Vaccination in Burma 1912-1922 - 1912-1922
Year: 1912
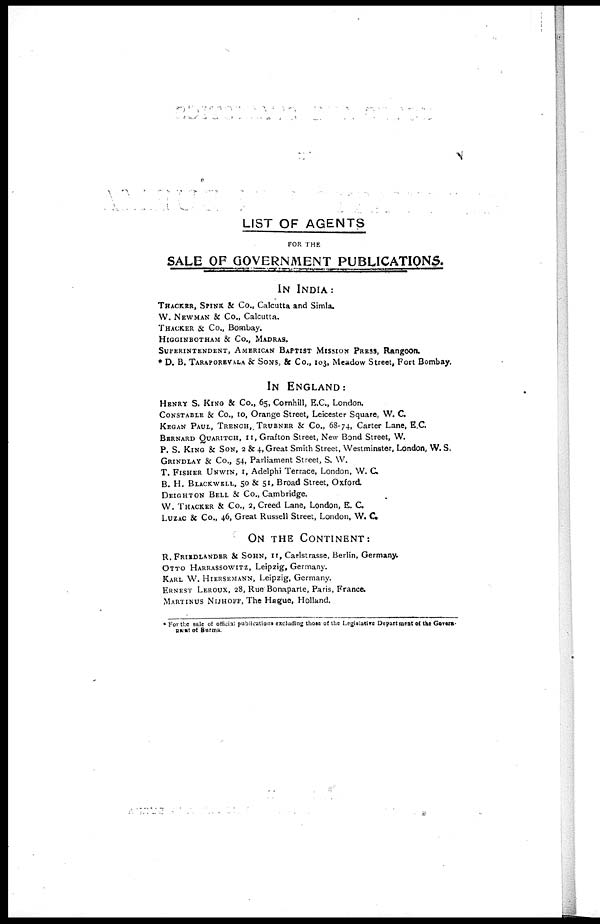
LIST OF AGENTS
FOR THE
SALE OF GOVERNMENT PUBLICATIONS.
IN INDIA:
THACKER, SPINK & Co., Calcutta and Simla.
W. NEWMAN & Co., Calcutta.
THACKER & Co., Bombay.
HIGGINBOTHAM & Co., MADRAS.
SUPERINTENDENTS AMERICAN BAPTIST MISSION PRESS, Rangoon.
* D. B. TARAPOREVALA & SONS, & Co., 103, Meadow Street, Fort Bombay.
IN ENGLAND:
HENRY S. KING & Co., 65, Cornhill, E.C., London.
CONSTABLE & Co., 10, Orange Street, Leicester Square, W. C.
KEGAN PAUL, TRENCH, TRUBNER & Co., 68-74, Carter Lane, E.C.
BERNARD QUARITCH, 11, Grafton Street, New Bond Street, W.
P. S. KING & SON, 2 & 4, Great Smith Street, Westminster, London, W. S.
GRINDLAY & Co., 54, Parliament Street, S. W.
T. FISHER UNWIN, I, Adelphi Terrace, London, W. C.
B. H. BLACKWELL, 50 & 51, Broad Street, Oxford.
DEIGHTON BELL & Co., Cambridge.
W. THACKER & Co., 2, Creed Lane, London, E. C.
LUZAC & Co., 46, Great Russell Street, London, W. C
ON THE CONTINENT:
R. FRIRDLANDER & SOHN, 11, Carlstrasse, Berlin, Germany.
OTTO HARRASSOWITZ, Leipzig, Germany.
KARL W. HIERSEMANN, Leipzig, Germany.
ERNEST LEROUX, 28, Rue Bonaparte, Paris, France.
MARTINUS NIJHOFF, The Hague, Holland.
*For the sale of official publications excluding those of the Legislative Department of the Gover-
nment of Burma.